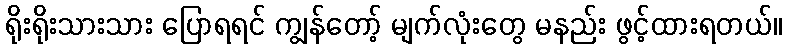
ရိုးရိုးသားသား ပြောရရင် ကျွန်တော့် မျက်လုံးတွေ မနည်း ဖွင့်ထားရတယ်။